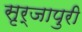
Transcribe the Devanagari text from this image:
सृर्जापुरी